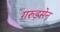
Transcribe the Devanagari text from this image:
गरुड़सेन